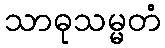
သာဓုသမ္မတံ